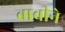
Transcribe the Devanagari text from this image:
बाबीने